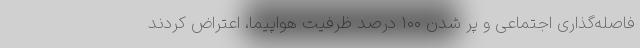
فاصله‌گذاری اجتماعی و پر شدن ۱۰۰ درصد ظرفیت هواپیما، اعتراض کردند